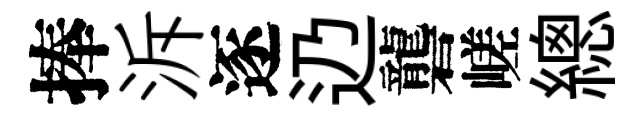
捧泝逐辸礱嵯總